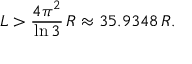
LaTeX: L > { \frac { 4 \pi ^ { 2 } } { \ln { 3 } } } \, R \approx 3 5 . 9 3 4 8 \, R .